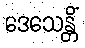
ဒေသေန္တိံ